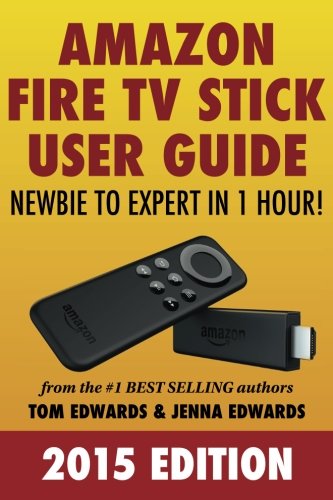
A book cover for Amazon Fire TV Stick User Guide: Newbie to Expert in 1 Hour!; Tom Edwards; Computers & Technology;